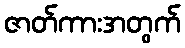
ဇာတ်ကားအတွက်